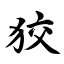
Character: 狡